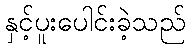
နှင့်ပူးပေါင်းခဲ့သည်